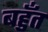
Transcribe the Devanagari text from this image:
बहुँत